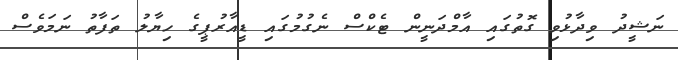
ނަޝީދު ވިދާޅުވި ގޮތުގައި އާމްދަނީން ޓެކްސް ނެގުމުގައި ޑީއާރުޕީގެ ހިޔާލު ތަފާތު ނަމަވެސް